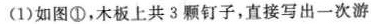
(1)如图①，木板上共 3 颗钉子，直接写出一次游